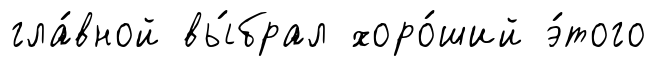
гла́вной вы́брал хоро́ший э́того